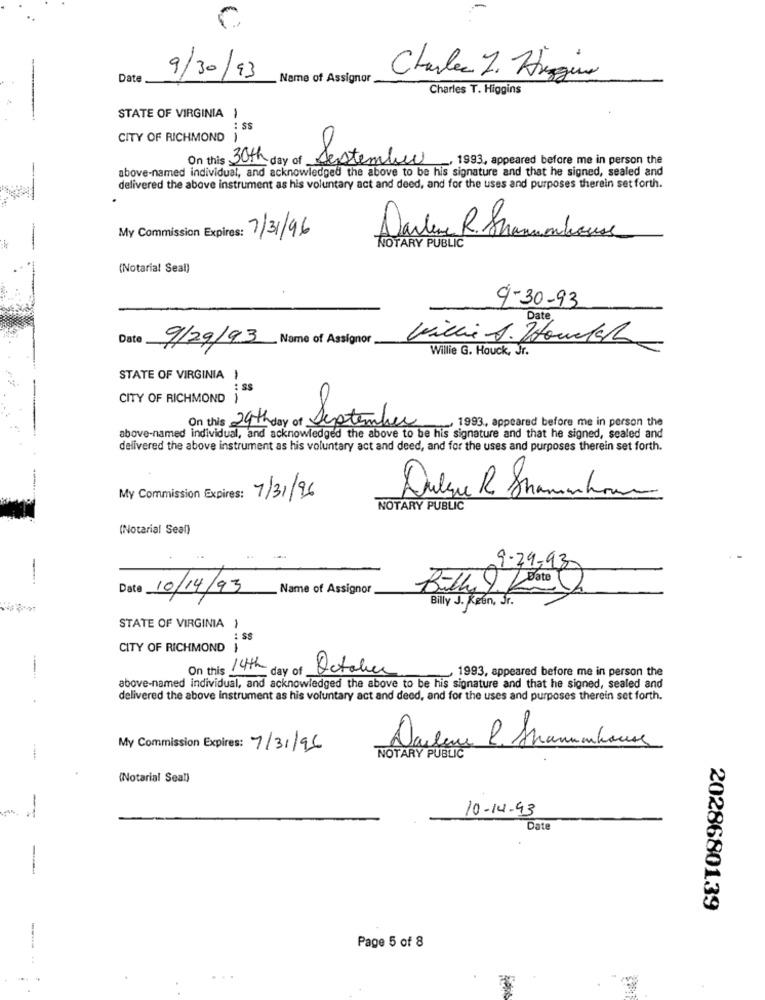
Date
9/30/93
Name of Assignor
Charles 7. Higino
Charles T. Higgins
STATE OF VIRGINIA 1
: SS
CITY OF RICHMOND )
On this 30th day of September
1993, appeared before me in person the
above-named individual, and acknowledged the above to be his signature and that he signed, sealed and
--
delivered the above instrument as his voluntary act and deed, and for the uses and purposes therein set forth.
My Commission Expires: 7/31/96
Darlene R. Shannonhouse
NOTARY PUBLIC
(Notarial Seal)
9-30-93
Date
. Name of Assignor
9/29/93
Willie G. Houck, Jr.
STATE OF VIRGINIA )
: SS
CITY OF RICHMOND }
On this 29th day of September
1993 ., appeared before me in person the
above-named individual, and acknowledged the above to be his signature and that he signed, sealed and
delivered the above instrument as his voluntary act and deed, and for the uses and purposes therein set forth.
My Commission Expires:
7/31/96
Dulesue R Shamanhour
NOTARY PUBLIC
(Notarial Seal)
9-29-93
-
Date 10/14/93
Name of Assignor
Billy 9 2
Billy J. Keen, Jr.
STATE OF VIRGINIA }
: SS
CITY OF RICHMOND }
On this 14th day of
. 1993, appeared before me in person the
October
above-named individual, and acknowledged the above to be his signature and that he signed, sealed and
delivered the above instrument as his voluntary act and deed, and for the uses and purposes therein set forth.
My Commission Expires: 7/31/96
Darlene
2. Stammhaus
NOTARY PUBLIC
(Notarial Seal)
10-14-93
Date
2028680139
Page 5 of 8
-.